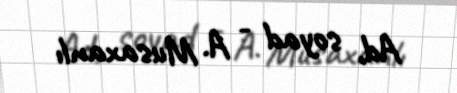
Ad, soyad - A. Musaxanlı